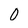
Character: O